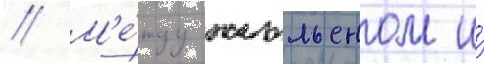
// М'е́жду жюльеном и́